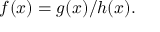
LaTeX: f ( x ) = g ( x ) / h ( x ) .